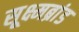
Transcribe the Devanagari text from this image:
सूक्ष्मब्रांड